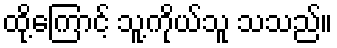
ထို့ကြောင့် သူ့ကိုယ်သူ သသည်။